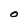
Character: O